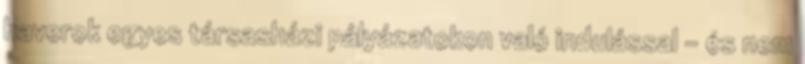
haverok egyes társasházi pályázatokon való indulással - és nem